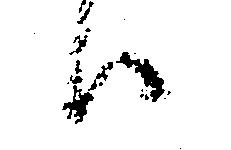
ハ